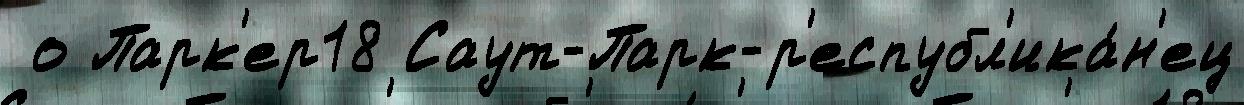
 о Парк'ер18 Саут-Парк-р'еспубл'ика́н'ец